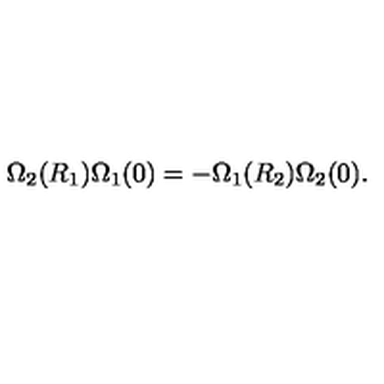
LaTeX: \Omega _ { 2 } ( R _ { 1 } ) \Omega _ { 1 } ( 0 ) = - \Omega _ { 1 } ( R _ { 2 } ) \Omega _ { 2 } ( 0 ) .